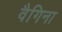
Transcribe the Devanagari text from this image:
वैगिना